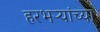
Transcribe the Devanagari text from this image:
हरभऱ्यांच्या